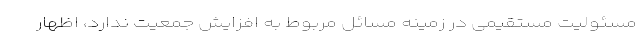
مسئولیت مستقیمی در زمینه مسائل مربوط به افزایش جمعیت ندارد، اظهار